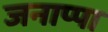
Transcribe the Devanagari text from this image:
जनाप्पा